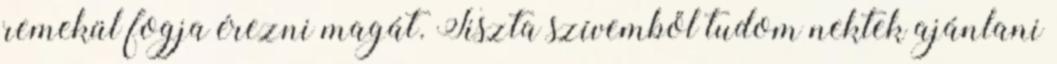
remekül fogja érezni magát. Tiszta szívemből tudom nektek ajánlani